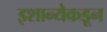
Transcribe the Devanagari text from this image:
इशान्येकडून